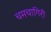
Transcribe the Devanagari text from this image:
चमचागिरी